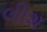
લીશ